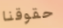
حقوقنا